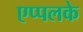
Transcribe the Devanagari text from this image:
एप्पलके